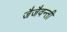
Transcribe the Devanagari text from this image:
जैजैवन्ती